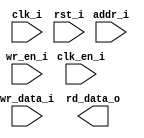
// This program was cloned from: https://github.com/HurleyResearch/nRFICE
// License: GNU General Public License v3.0

/*******************************************************************************
    Verilog netlist generated by IPGEN Lattice Radiant Software (64-bit)
    2022.1.0.52.3
    Soft IP Version: 2.1.0
    2023 02 05 13:29:57
*******************************************************************************/
/*******************************************************************************
    Wrapper Module generated per user settings.
*******************************************************************************/
module ebr8x16 (clk_i, rst_i, clk_en_i, wr_en_i, wr_data_i, addr_i, rd_data_o)/* synthesis syn_black_box syn_declare_black_box=1 */;
    input  clk_i;
    input  rst_i;
    input  clk_en_i;
    input  wr_en_i;
    input  [15:0]  wr_data_i;
    input  [7:0]  addr_i;
    output  [15:0]  rd_data_o;
endmodule